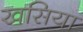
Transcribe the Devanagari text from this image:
खसिया